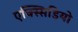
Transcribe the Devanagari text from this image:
एक्स्सिडियो